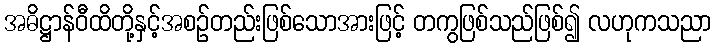
အဓိဋ္ဌာန်ဝီထိတို့နှင့်အစဉ်တည်းဖြစ်သောအားဖြင့် တကွဖြစ်သည်ဖြစ်၍ လဟုကသညာ